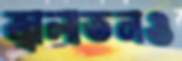
জ্বালাতনও